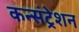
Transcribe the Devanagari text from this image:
कन्संट्रेशन